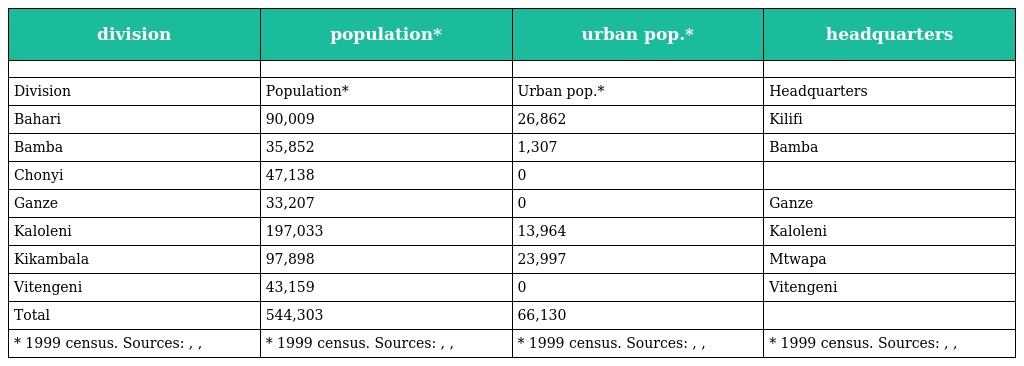
| division | population* | urban pop.* | headquarters |
 | --- | --- | --- | --- |
 |  |  |  |  |
 | Division | Population* | Urban pop.* | Headquarters |
 | Bahari | 90,009 | 26,862 | Kilifi |
 | Bamba | 35,852 | 1,307 | Bamba |
 | Chonyi | 47,138 | 0 |  |
 | Ganze | 33,207 | 0 | Ganze |
 | Kaloleni | 197,033 | 13,964 | Kaloleni |
 | Kikambala | 97,898 | 23,997 | Mtwapa |
 | Vitengeni | 43,159 | 0 | Vitengeni |
 | Total | 544,303 | 66,130 |  |
 | * 1999 census. Sources: , , | * 1999 census. Sources: , , | * 1999 census. Sources: , , | * 1999 census. Sources: , , |